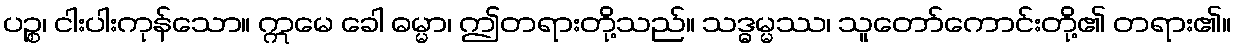
ပဉ္စ၊ ငါးပါးကုန်သော။ ဣမေ ခေါ ဓမ္မာ၊ ဤတရားတို့သည်။ သဒ္ဓမ္မဿ၊ သူတော်ကောင်းတို့၏ တရား၏။